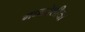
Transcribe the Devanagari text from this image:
मध्यदेशीया